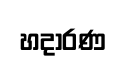
හදාරණ